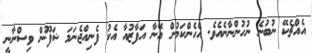
އެއްޗެކޭ ނުބުނެ ނުހުންނާނެއެވެ. އެހެންކަމުން އޭނާ އަފާޒުއާ އެކު ފެނިއްޖެނަމަ ޝަފޫން ވިސްނާނީ